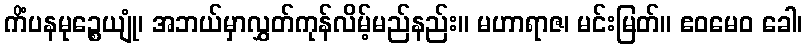
ကိံပနမုဉ္စေယျုံ၊ အဘယ်မှာလွှတ်ကုန်လိမ့်မည်နည်း။ မဟာရာဇ၊ မင်းမြတ်။ ဧဝမေဝ ခေါ၊